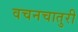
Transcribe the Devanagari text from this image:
वचनचातुरी